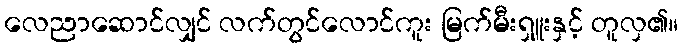
လေညာဆောင်လျှင် လက်တွင်လောင်ကူး မြက်မီးရှူးနှင့် တူလှ၏။